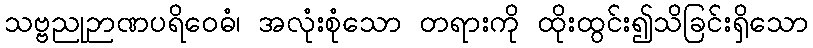
သဗ္ဗညုဉာဏပရိဝေဓံ၊ အလုံးစုံသော တရားကို ထိုးထွင်း၍သိခြင်းရှိသော